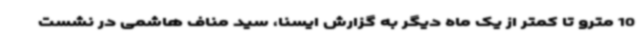
10 مترو تا کمتر از یک ماه دیگر به گزارش ایسنا، سید مناف هاشمی در نشست